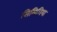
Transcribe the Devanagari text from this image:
सिमिलिया